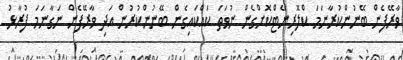
ވާރޭފެން ބޭނުންކުރާނަމަ ކްލޮރިނޭޓްކޮށްގެން ނުވަތަ ކައްކައިގެން ބޭނުންކުރުން އަދި ވާރޭފެން ނަގާނަމަ ފުރާޅު